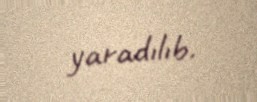
yaradılıb.